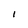
Character: I